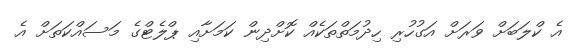
އެ ކްލަބަށް ވަރަށް އަގުހުރި ހިދުމަތްތަކެއް ކޮށްދިން ކަމަށާއި ޕްލެޓްގެ މަސައްކަތަށް އެ